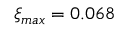
\xi _ { m a x } = 0 . 0 6 8